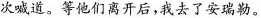
次喊道。等他们离开后，我去了安瑞勒。